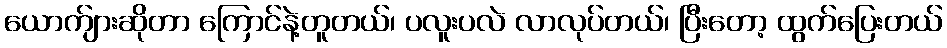
ယောက်ျားဆိုတာ ကြောင်နဲ့တူတယ်၊ ပလူးပလဲ လာလုပ်တယ်၊ ပြီးတော့ ထွက်ပြေးတယ်